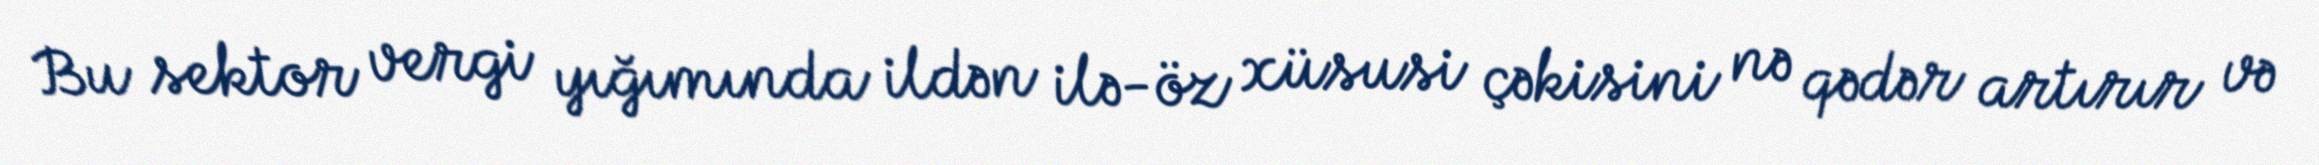
Bu sektor vergi yığımında ildən ilə-öz xüsusi çəkisini nə qədər artırır və